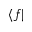
\langle f \vert